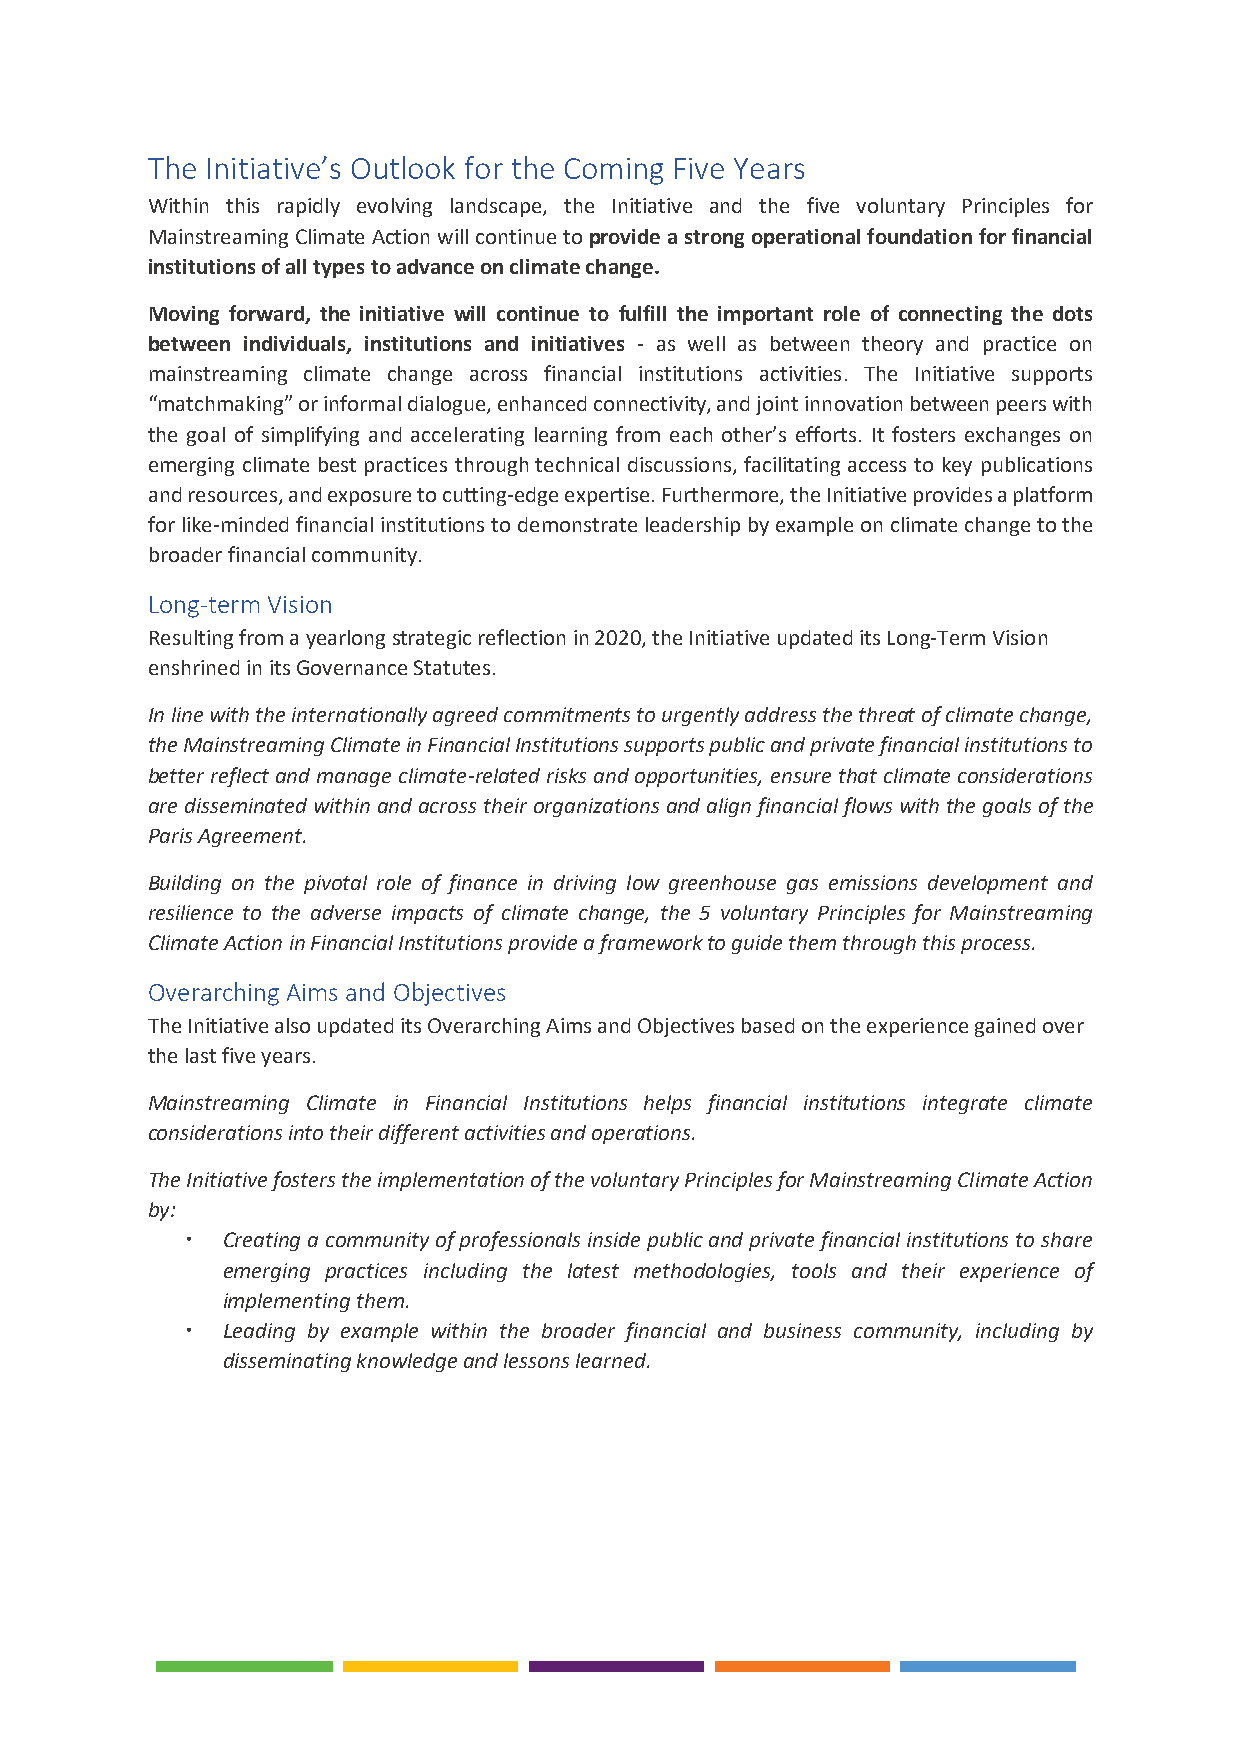
The Initiative’s Outlook for the Coming Five Years
 Within this rapidly evolving landscape, the Initiative and the five voluntary Principles for
 Mainstreaming Climate Action will continue to provide a strong operational foundation for financial
 institutions of all types to advance on climate change.
 Moving forward, the initiative will continue to fulfill the important role of connecting the dots
 between individuals, institutions and initiatives - as well as between theory and practice on
 mainstreaming climate change across financial institutions activities. The Initiative supports
 “matchmaking” or informal dialogue, enhanced connectivity, and joint innovation between peers with
 the goal of simplifying and accelerating learning from each other’s efforts. It fosters exchanges on
 emerging climate best practices through technical discussions, facilitating access to key publications
 and resources, and exposure to cutting-edge expertise. Furthermore, the Initiative provides a platform
 for like-minded financial institutions to demonstrate leadership by example on climate change to the
 broader financial community.
 Long-term Vision
 Resulting from a yearlong strategic reflection in 2020, the Initiative updated its Long-Term Vision
 enshrined in its Governance Statutes.
 In line with the internationally agreed commitments to urgently address the threat of climate change,
 the Mainstreaming Climate in Financial Institutions supports public and private financial institutions to
 better reflect and manage climate-related risks and opportunities, ensure that climate considerations
 are disseminated within and across their organizations and align financial flows with the goals of the
 Paris Agreement.
 Building on the pivotal role of finance in driving low greenhouse gas emissions development and
 resilience to the adverse impacts of climate change, the 5 voluntary Principles for Mainstreaming
 Climate Action in Financial Institutions provide a framework to guide them through this process.
 Overarching Aims and Objectives
 The Initiative also updated its Overarching Aims and Objectives based on the experience gained over
 the last five years.
 Mainstreaming Climate in Financial Institutions helps financial institutions integrate climate
 considerations into their different activities and operations.
 The Initiative fosters the implementation of the voluntary Principles for Mainstreaming Climate Action
 by:
   Creating a community of professionals inside public and private financial institutions to share
 emerging practices including the latest methodologies, tools and their experience of
 implementing them.
   Leading by example within the broader financial and business community, including by
 disseminating knowledge and lessons learned.